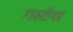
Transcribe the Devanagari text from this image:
गर्स्टनर